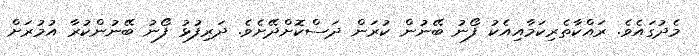
މެދުގައެވެ. ރައްކާތެރިކަމާއިއެކު ފޯނު ބޭނުން ކުރަން ދަސްކޮށްދޭށެވެ. ދަރިފުޅު ފޯނު ބޭނުންކުރާ އުމުރަށް